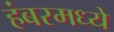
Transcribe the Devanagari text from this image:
हंबरमध्ये